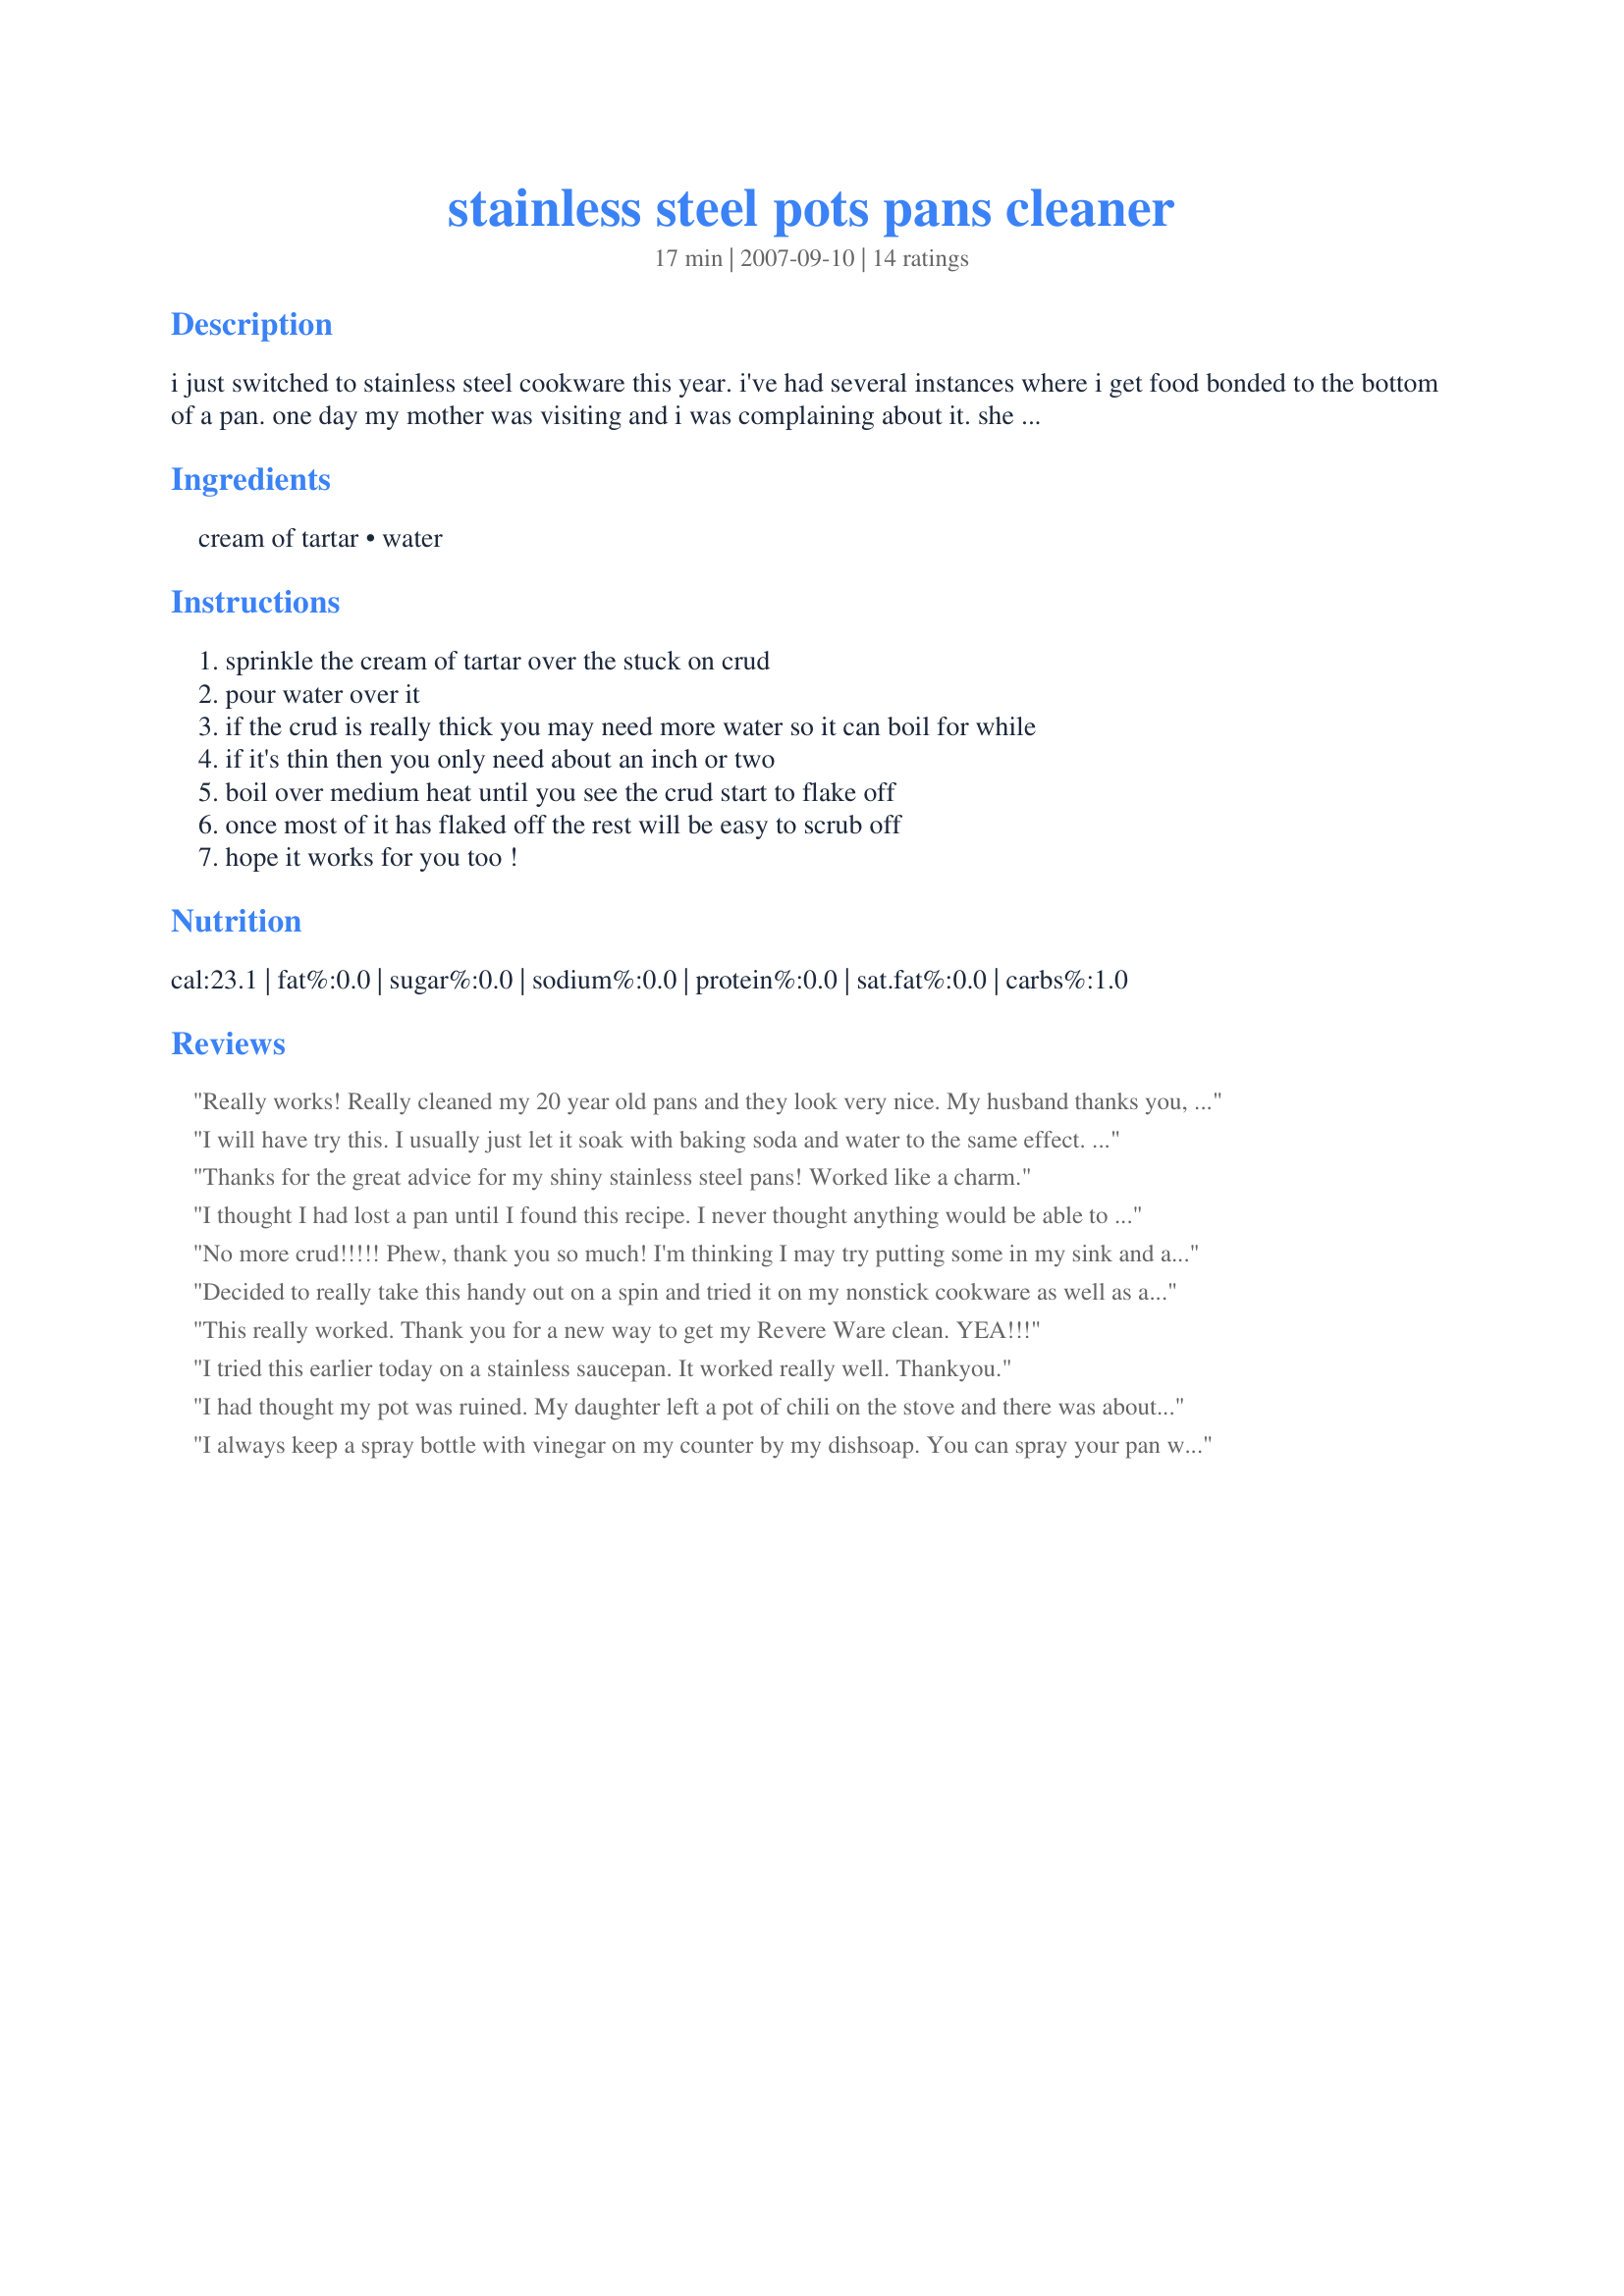
stainless steel pots pans cleaner
Preparation time: 17 minutes

i just switched to stainless steel cookware this year. i've had several instances where i get food bonded to the bottom of a pan. one day my mother was visiting and i was complaining about it. she said, "cream of tartar". i said, "huh"? she said it just popped into her head that my great grandmother used to say to sprinkle cream of tartar in a hard to clean stainless steel pan put some water in it and boil it until the crud comes off. guess what? it works everytime! *this is my favorite posting because it has helped so many people...and apparently it works on more than stainless steel. :)

Ingredients:
cream of tartar, water

Steps:
sprinkle the cream of tartar over the stuck on crud, pour water over it, if the crud is really thick you may need more water so it can boil for while, if it's thin then you only need about an inch or two, boil over medium heat until you see the crud start to flake off, once most of it has flaked off the rest will be easy to scrub off, hope it works for you too !

Reviews:
Really works! Really cleaned my 20 year old pans and they look very nice. My husband thanks you, he won't have to buy me new pans anytime soon. Thanks for sharing!
I will have try this. I usually just let it soak with baking soda and water to the same effect. This may be faster though.
Thanks for the great advice for my shiny stainless steel pans! Worked like a charm.
I thought I had lost a pan until I found this recipe. I never thought anything would be able to take over a 1/4" of built-up, overly burnt, gooey sauce cooked and stuck to the pan with hard meatballs attached to the bottom of my pan. I had soaked for 24 hours and nothing was moving. I searched on RZ and found your recipe and thought what do I have to lose. Amazing!! I thought my mistake of cooking meatballs with BBQ sauce for 4 hours on medium heat instead of LOW had ruined my pan. Then along comes this terrific cleaning recipe and now I have my pan back better than ever! Thank you so much for sharing this with the RZ community!!
No more crud!!!!! Phew, thank you so much! I'm thinking I may try putting some in my sink and adding boiling water a little at a time....hmmmm....might just work. :)
Decided to really take this handy out on a spin and tried it on my nonstick cookware as well as a stainless steel pot. Thrilled to say it worked on both. The former is especially exciting as too often you end up ruining the non stick finish trying to get the cruddy bits off the surface. Thanks for sharing this handy technique.
This really worked. Thank you for a new way to get my Revere Ware clean. YEA!!!
I tried this earlier today on a stainless saucepan. It worked really well. Thankyou.
I had thought my pot was ruined. My daughter left a pot of chili on the stove and there was about 1 - 2 inches of baked in crud on the pan. I sprinkled the Cream of tarter and water...let it boil and let it sit for about an hour. I repeated this step and this "BIG BLACK BRICK" dislodged itself from the bottom of my pan. UNBELIEVABLE!!!!

You ROCK!!! I owe you big time!!!! Thanks again for the best stainless steel pan cleaner around!!!!
I always keep a spray bottle with vinegar on my counter by my dishsoap. You can spray your pan with it; add a squirt of dishsoap; let it sit for a few minutes; and it will wash clean. Just Like New!
Years ago my aunt used to use Ajax or Comet and add hot water to soak off gunk on her pans. Cream of tartar is much safer to use and works very good! My stainless steel pans look wonderful! Thank you Engrossed for sharing this recipe.
Bless you! I was making spaghetti sauce today and my DH decided he would help by raising the temperature so it would come to a simmer quicker unbeknonst to me! I am certain everyone knows what baked on and burned tomato sauce looks like. This recipe cleaned my expensive pan up like it was brand new. My daughters are both new to cooking and I made certain that they both have this recipe!
No elbow grease required to get my pans clean and shiny! Worked like a charm on both stainless and nonstick pans and even shined up my sink when I poured it out. Thanks for the tip!
worked like a dream on my stainless steel sink, great mixture will use again, thanks Engrossed!
